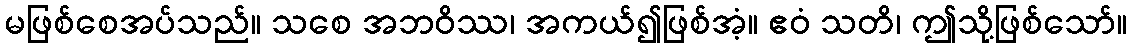
မဖြစ်စေအပ်သည်။ သစေ အဘဝိဿ၊ အကယ်၍ဖြစ်အံ့။ ဧဝံ သတိ၊ ဤသို့ဖြစ်သော်။